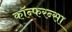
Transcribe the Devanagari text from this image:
कॉन्फरन्सा